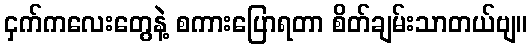
ငှက်ကလေးတွေနဲ့ စကားပြောရတာ စိတ်ချမ်းသာတယ်ဗျ။